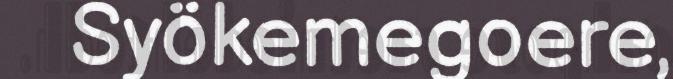
Syökemegoere,